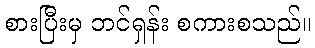
စားပြီးမှ ဘင်ရှန်း စကားစသည်။